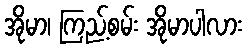
အိုမာ၊ ကြည့်စမ်း အိုမာပါလား